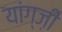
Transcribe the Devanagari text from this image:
यांग्ज़ी